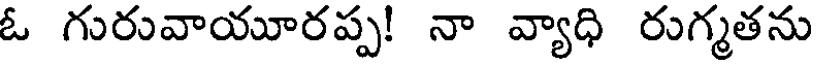
ఓ గురువాయూరప్ప! నా వ్యాధి రుగ్మతను